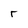
Character: r